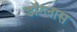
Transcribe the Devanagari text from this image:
डॉग्लास